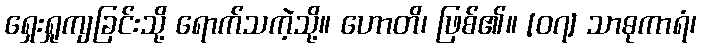
ရှေးရှုကျခြင်းသို့ ရောက်သကဲ့သို့။ ဟောတိ၊ ဖြစ်၏။ [၀၇] သာဓုကာရံ၊